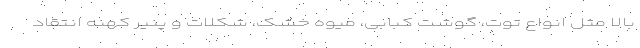
بالا مثل انواع توت، گوشت کبابی، میوه خشک، شکلات و پنیر کهنه انتقاد